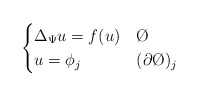
\begin{align*}\begin{cases}\Delta_{\Psi} u = f(u) & \O \\u = \phi_{j} & (\partial \O)_{j}\end{cases}\end{align*}